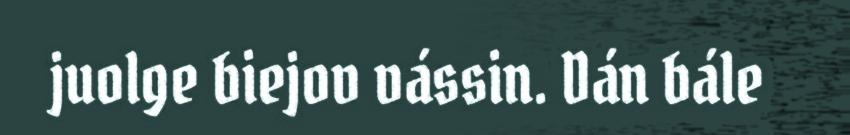
juolge biejov vássin. Dán bále